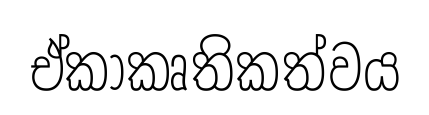
ඒකාකෘතිකත්වය